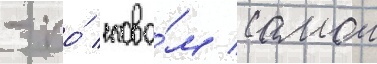
- по́ слова́м самои